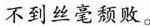
不到丝毫颓败。